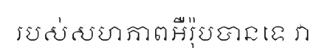
របស់សហភាពអឺរ៉ុបបានទេ វា